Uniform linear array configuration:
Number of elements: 64
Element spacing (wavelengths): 0.75
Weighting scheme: hann
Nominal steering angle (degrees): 60
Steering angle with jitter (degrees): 59.331
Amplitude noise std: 0.05
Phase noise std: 0.05

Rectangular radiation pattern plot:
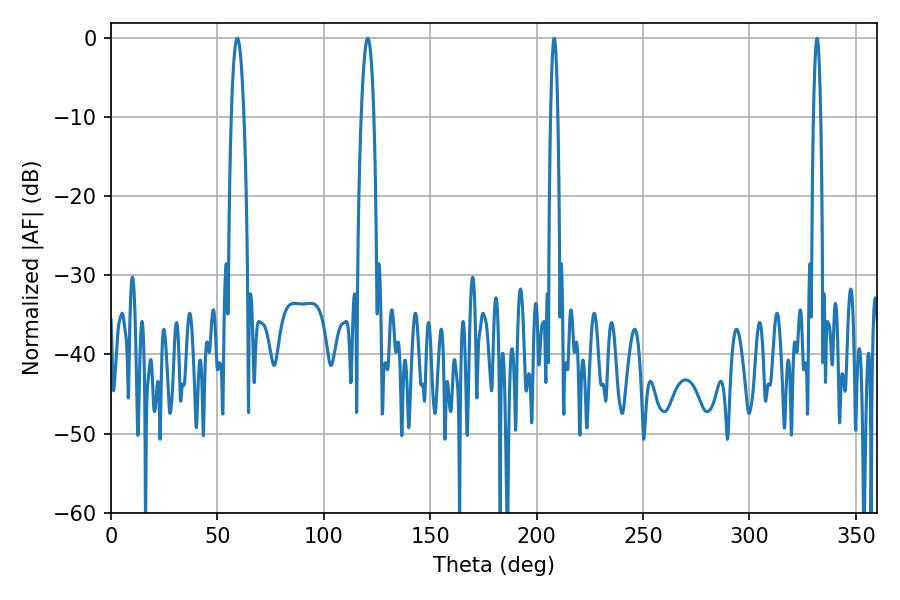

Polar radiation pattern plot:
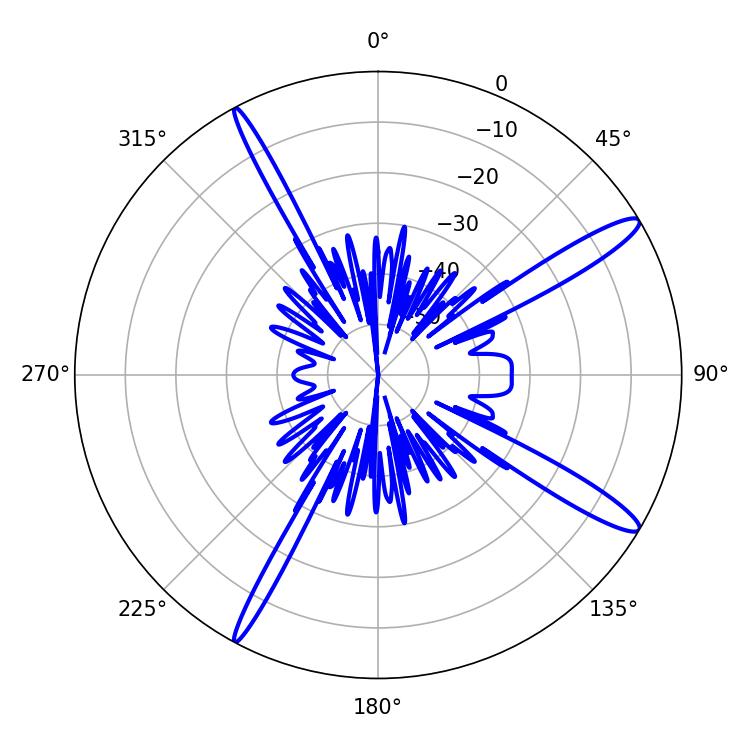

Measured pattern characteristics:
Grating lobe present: TRUE
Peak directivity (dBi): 14.348
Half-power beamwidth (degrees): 1.8
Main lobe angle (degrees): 331.74